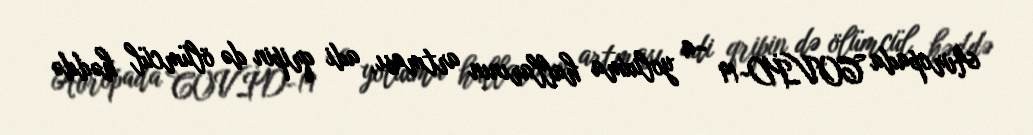
Avropada COVİD-19 -a yoluxma hallarının artması, adi qripin də ölümcül həddə